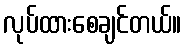
လုပ်ထားစေချင်တယ်။